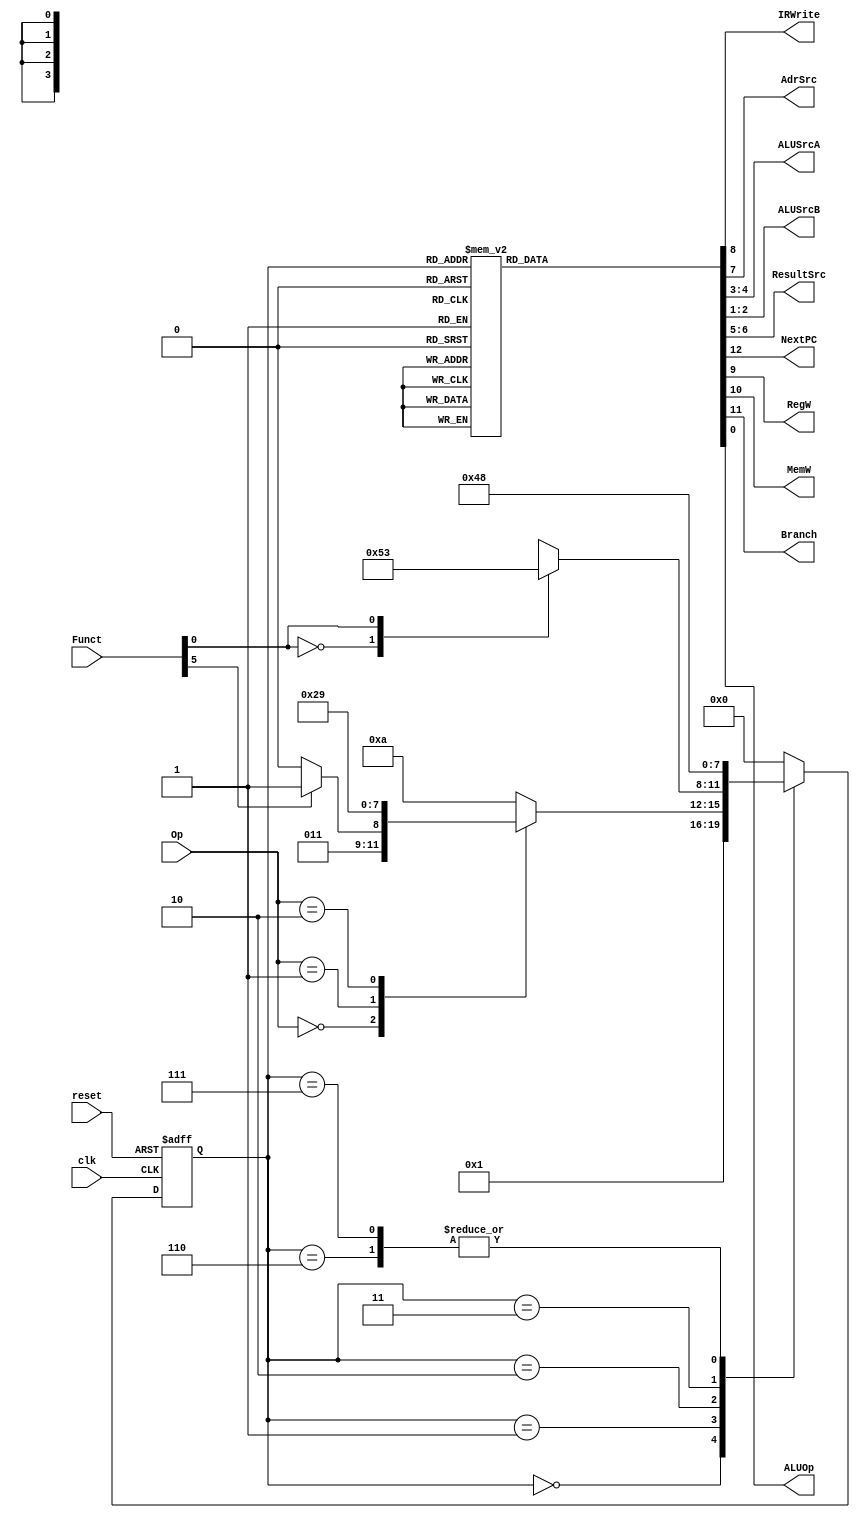
module mainfsm (
	clk,
	reset,
	Op,
	Funct,
	IRWrite,
	AdrSrc,
	ALUSrcA,
	ALUSrcB,
	ResultSrc,
	NextPC,
	RegW,
	MemW,
	Branch,
	ALUOp
);
	input wire clk;
	input wire reset;
	input wire [1:0] Op;
	input wire [5:0] Funct;
	output wire IRWrite;
	output wire AdrSrc;
	output wire [1:0] ALUSrcA;
	output wire [1:0] ALUSrcB;
	output wire [1:0] ResultSrc;
	output wire NextPC;
	output wire RegW;
	output wire MemW;
	output wire Branch;
	output wire ALUOp;
	reg [3:0] state;
	reg [3:0] nextstate;
	reg [12:0] controls;

	localparam [3:0] FETCH = 0;
	localparam [3:0] DECODE = 1;
	localparam [3:0] MEMADR = 2;
	localparam [3:0] MEMREAD = 3;
	localparam [3:0] MEMWB = 4;
	localparam [3:0] MEMWRITE = 5;
	localparam [3:0] EXECUTER = 6;
	localparam [3:0] EXECUTEI = 7;
	localparam [3:0] ALUWB = 8;
	localparam [3:0] BRANCH = 9;
	localparam [3:0] UNKNOWN = 10;

	// state register
	always @(posedge clk or posedge reset)
		if (reset)
			state <= FETCH;
		else
			state <= nextstate;
	

	// ADD CODE BELOW
  	// Finish entering the next state logic below.  We've completed the 
  	// first two states, FETCH and DECODE, for you.

  	// next state logic
	always @(*)
		casex (state)
			FETCH: nextstate = DECODE;
			DECODE:
				case (Op)
					2'b00:
						if (Funct[5])
							nextstate = EXECUTEI;
						else
							nextstate = EXECUTER;
					2'b01: nextstate = MEMADR;
					2'b10: nextstate = BRANCH;
					default: nextstate = UNKNOWN;
				endcase
			MEMADR: 
                case (Funct[0])
                    1'b0:
                        nextstate = MEMWRITE;
                    1'b1:
                        nextstate = MEMREAD;
                endcase
			MEMREAD: nextstate = MEMWB;
			EXECUTER: nextstate = ALUWB;
			EXECUTEI: nextstate = ALUWB;
			default: nextstate = FETCH;
		endcase

	// ADD CODE BELOW
	// Finish entering the output logic below.  We've entered the
	// output logic for the first two states, FETCH and DECODE, for you.

	// state-dependent output logic
	always @(*)
		case (state)
			FETCH: controls = 13'b1000101001100;
			DECODE: controls = 13'b0000001001100;
			EXECUTER: controls = 13'b0000000000001;
			EXECUTEI: controls = 13'b0000000000011; 
			ALUWB: controls = 13'b0001000000000; 
			MEMADR: controls = 13'b0000000000010; 
			MEMWRITE:controls = 13'b0010010000000; 
			MEMREAD: controls = 13'b0000010000000; 
			MEMWB: controls = 13'b0001000100000; 
			BRANCH: controls = 13'b0100001010010;
			default: controls = 13'bxxxxxxxxxxxxx;
		endcase
	assign {NextPC, Branch, MemW, RegW, IRWrite, AdrSrc, ResultSrc, ALUSrcA, ALUSrcB, ALUOp} = controls;
endmodule